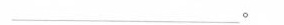
\underline。